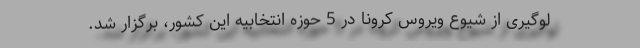
لوگیری از شیوع ویروس کرونا در 5 حوزه انتخابیه این کشور، برگزار شد.